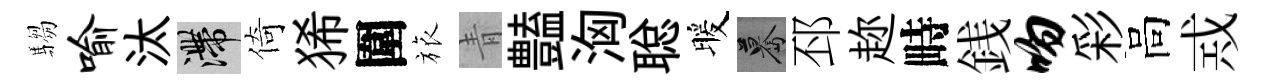
騶喻汰滯倚狶圍旅青𧰟洶聪暖驀邳趂畤銭吻彩高𢦶